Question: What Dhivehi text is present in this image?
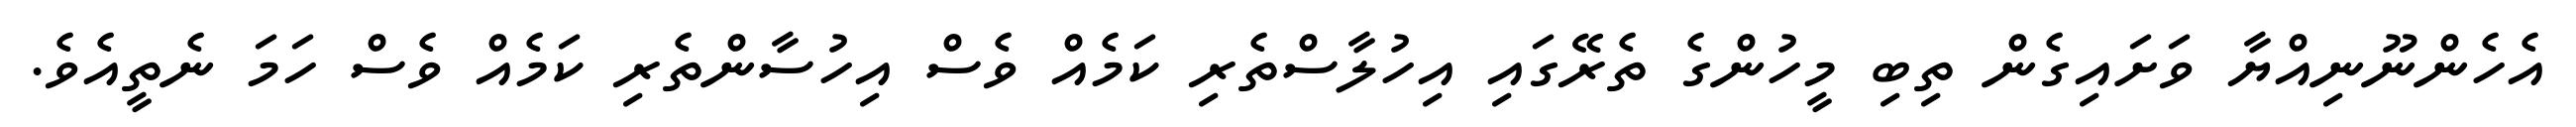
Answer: އެހެންނޫނިއްޔާ ވަށައިގެން ތިބި މީހުންގެ ތެރޭގައި އިހުލާސްތެރި ކަމެއް ވެސް އިހުސާންތެރި ކަމެއް ވެސް ހަމަ ނެތީއެވެ.